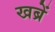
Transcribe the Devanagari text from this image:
खब्रें